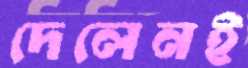
দেলেনই